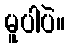
မူပါပဲ။